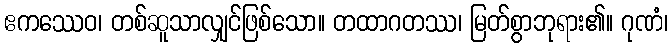
ဧကဿေဝ၊ တစ်ဆူသာလျှင်ဖြစ်သော။ တထာဂတဿ၊ မြတ်စွာဘုရား၏။ ဂုဏံ၊